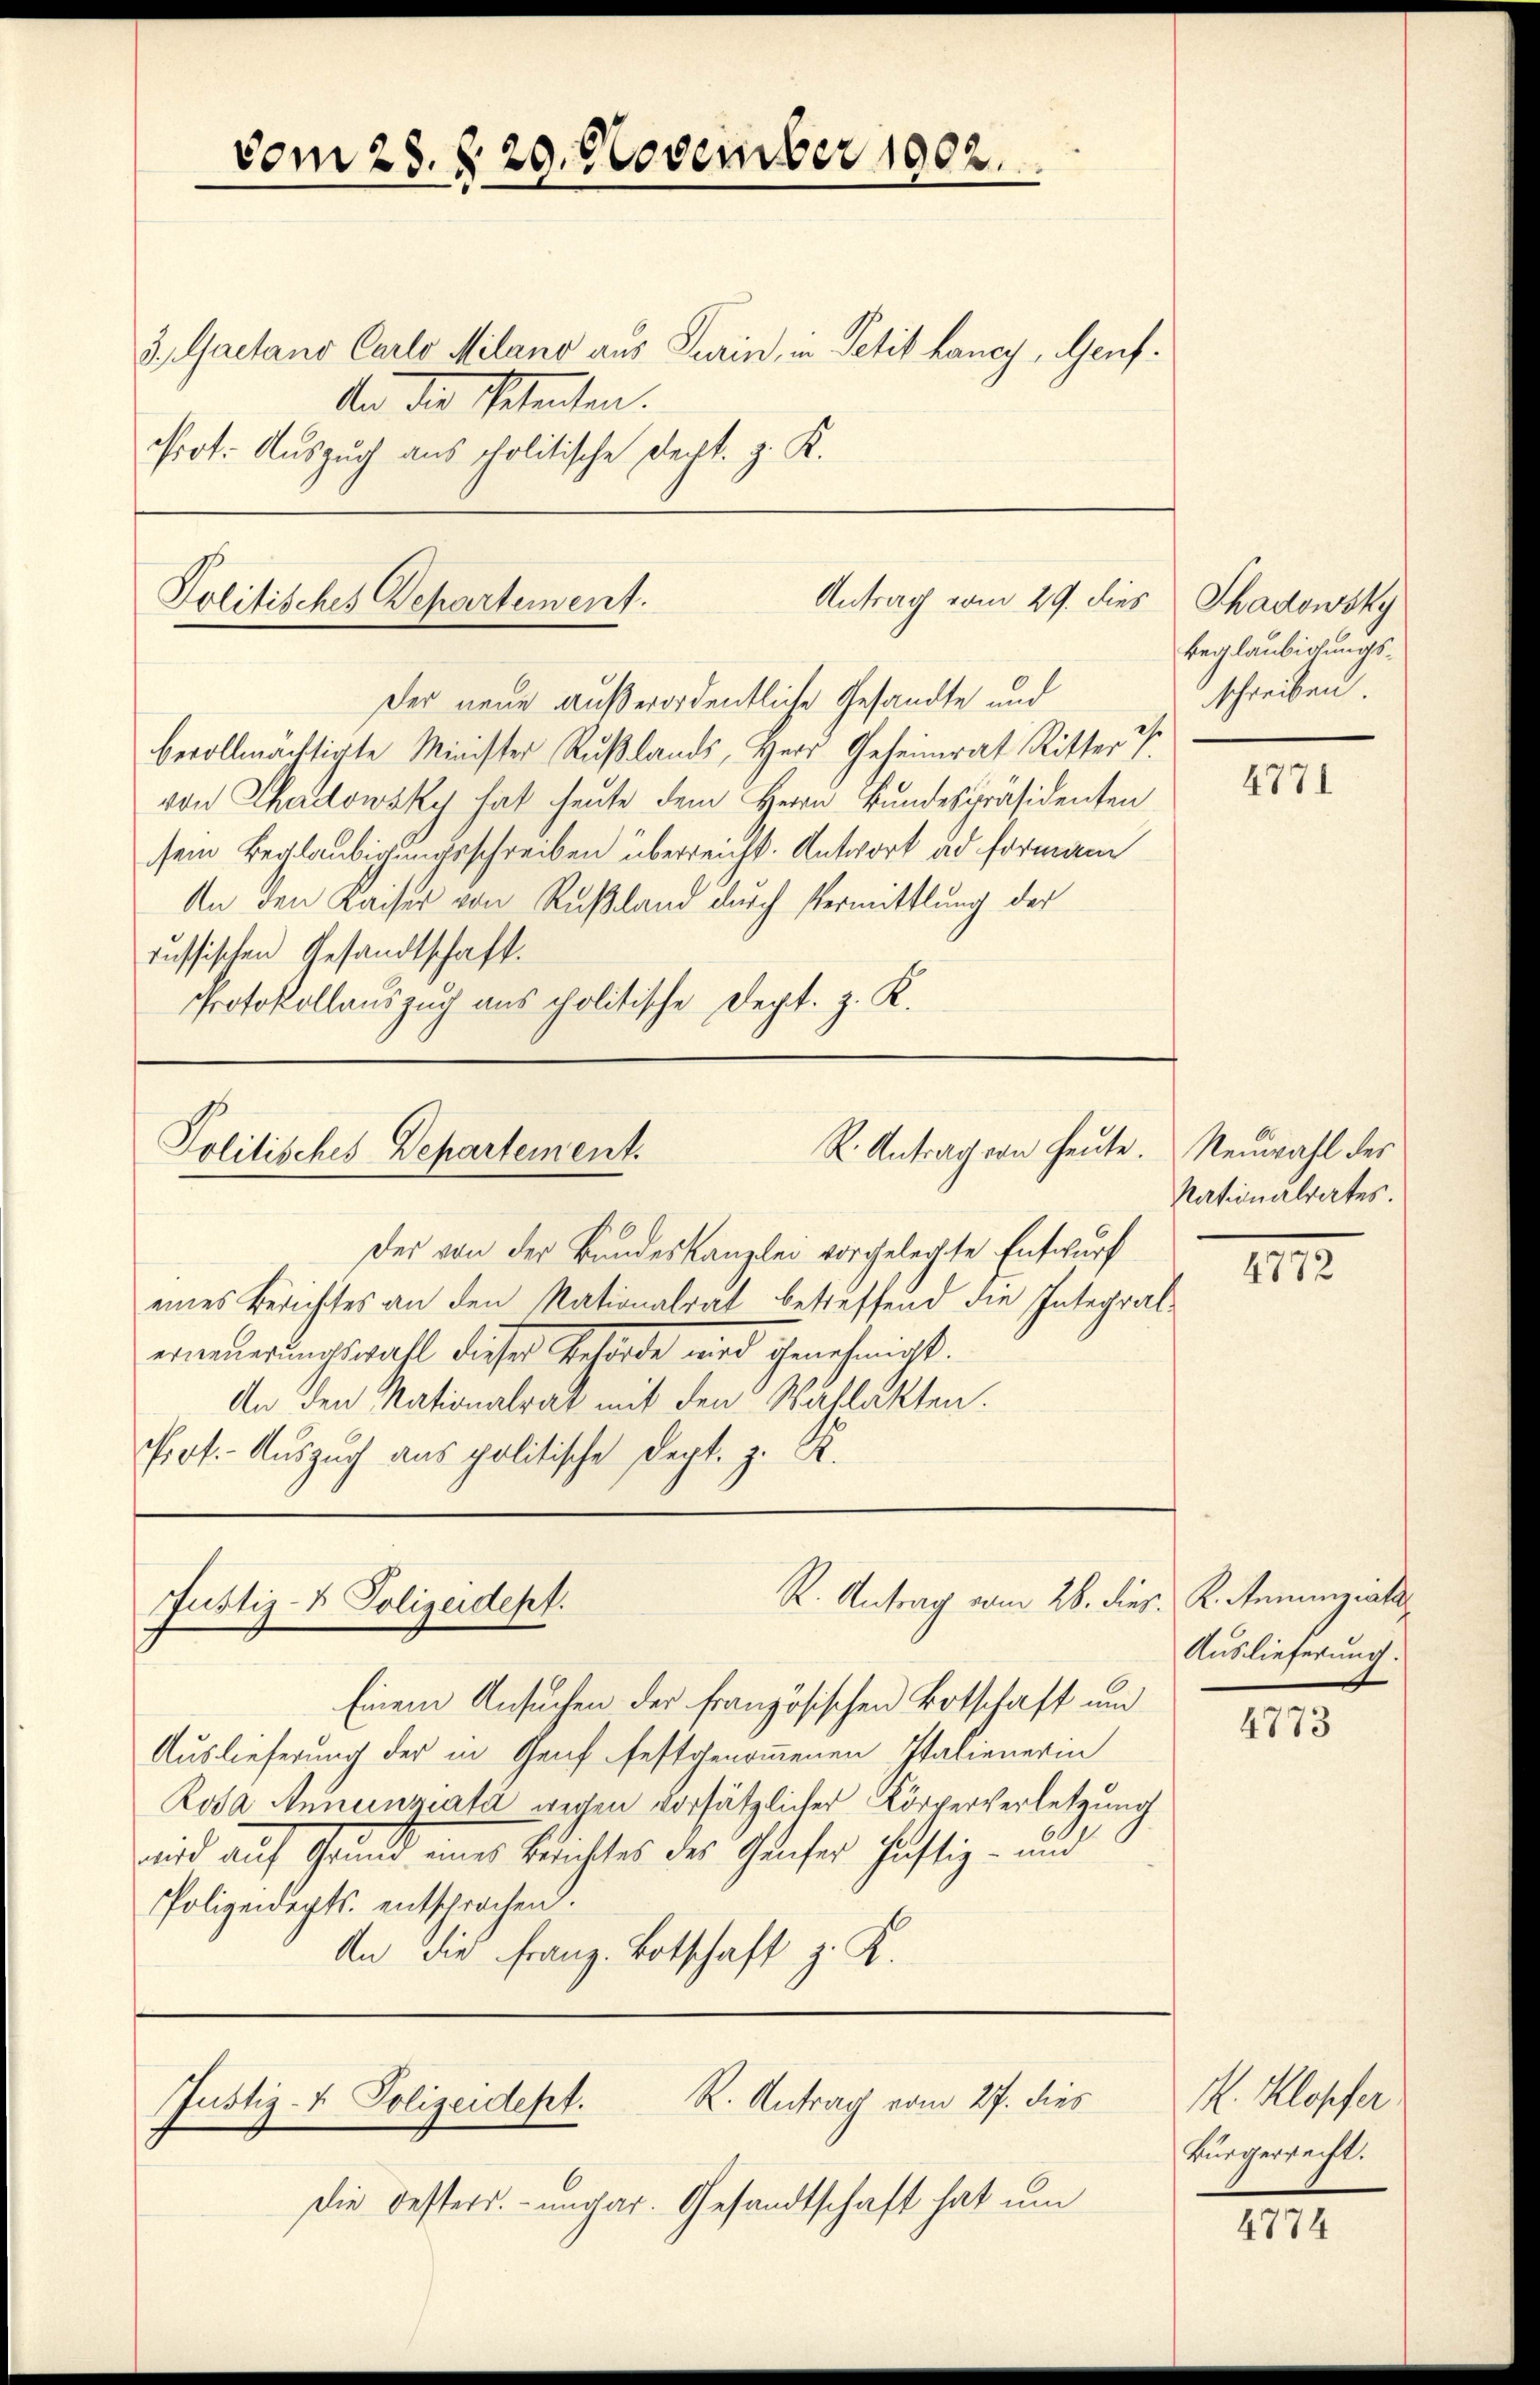
vom 28. § 29. November 1902.

3., Gaetano Carlo Milano aus Turin, in Petit hancy, Genf.
den die Petenten.
Prot. Auszug aus politische Recht. z. K.

Antrag vom 29. dies
Politisches Departement.

Der neue außerordentliche Gesandte und
bevollmächtigte Minister Rußlands, Herr Geheimrat Ritter V
von Charlowsky hat heute dem Herrn Bundespräsidenten
sem Beglaubigungsschreiben überreicht. Antwort ad formann
An den Kaiser von Rußland durch Vermittlung der
russischen Gesandtschaft.
Protokollauszug aus politische Dept. z. K.

R. Antrag von heute. Neuwahl des
Politisches Departement.

Der von der Bundeskanzlei vorgelegte Entwurf
eines Berichtes an den Nationalrat betreffend die Integral-
erneuerungswahl dieser Behörde wird genehmigt.
An den Nationalrat mit den Wahlakten.
Prot. Auszug aus politische Dept. z. R.

R. Antrag vom 26. dies K. Aemingiats
Justiz- & Polizeidept.

Einem Ansuchen der französischen Botschaft und
Auslieferung der in Genf festgenommenen Italienerin
Rosa Annenziata wegen vorsätzlicher Körperverletzung
wird auf Grund eines Berichtes des Genfer heftig - und
Polizeidepts entsprochen.
An die Franz Botschaft z. K.

Justiz- & Polizeidept. R. Antrag vom 27. dies

die Besters.-ungar. Gesandtschaft hat um

Thadowsky
beglaubigungsschreiben.

4771

Nationalrates.
4772

Auslieferung.

4773

M. Klopfer.
Bürgerrecht.

4774